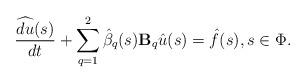
LaTeX: \begin{align*} \frac{\widehat{d u}(s)}{dt} + \sum\limits_{q=1}^{2} \hat{\beta}_q(s) \mathbf{B}_q \hat{u}(s) = \hat{f}(s), s\in \Phi. \end{align*}